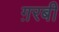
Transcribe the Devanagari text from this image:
ग़रबी